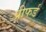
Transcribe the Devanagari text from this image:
प्रीफर्ड